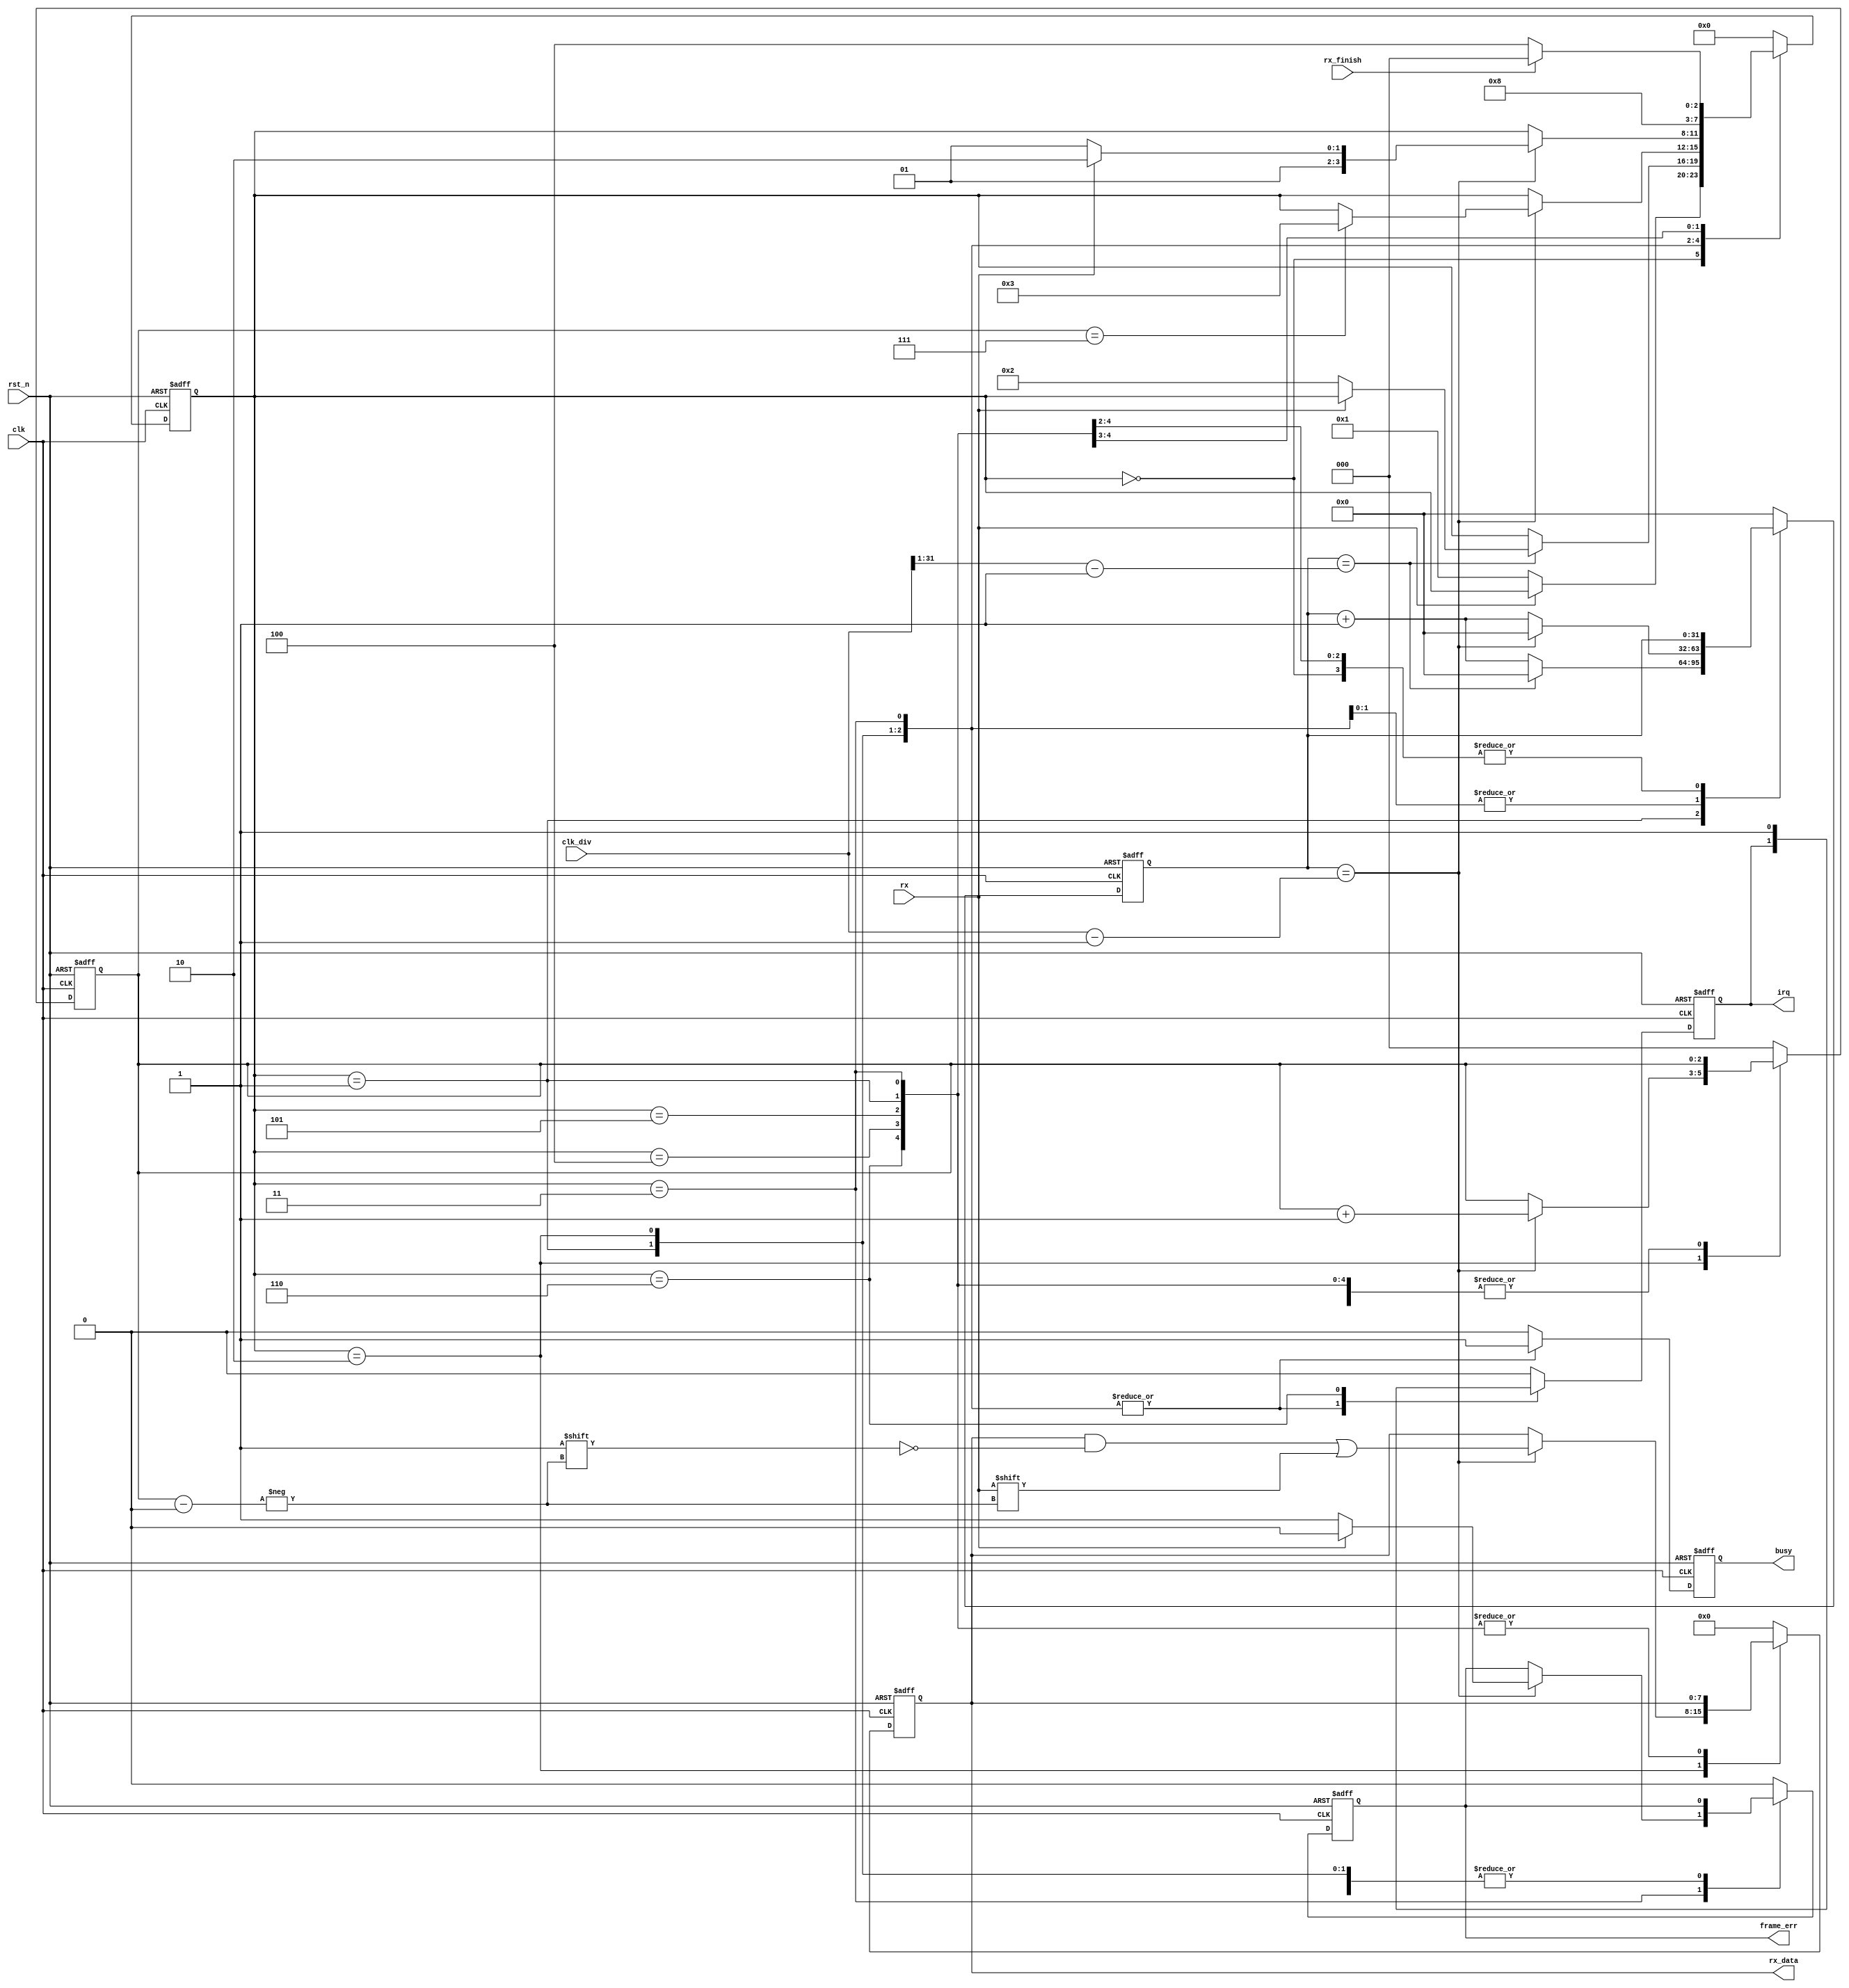
module uart_receive (
  input wire        rst_n,
  input wire        clk,
  input wire [31:0] clk_div,
  input wire        rx,
  output reg        irq,
  output reg [7:0]  rx_data,//WBCPU//serial to parallel
  input wire        rx_finish,
  output reg        frame_err,
  output reg        busy
);

  parameter WAIT        = 4'b0000;
  parameter START_BIT   = 4'b0001;
  parameter GET_DATA    = 4'b0010;
  parameter STOP_BIT    = 4'b0011;
  parameter WAIT_READ   = 4'b0100;
  parameter FRAME_ERR   = 4'b0101;
  parameter IRQ         = 4'b0110;

  reg [3:0] state;

  reg [31:0] clk_cnt;

  reg [2:0] rx_index;

  always @(posedge clk or negedge rst_n) begin
    if(!rst_n) begin
      state     <= WAIT;
      clk_cnt   <= 32'h0000_0000;
      rx_index  <= 3'b000;
      irq       <= 1'b0;
      frame_err <= 1'b0;
      rx_data   <= 8'h0;
      busy      <= 1'b0;
    end else begin
      case(state)
        WAIT: begin
          irq <= 1'b0;
          frame_err <= 1'b0;
          busy <= 1'b0;
          rx_data <= 8'b0;
          if(rx == 1'b0) begin // Start bit detected
            state <= START_BIT;
          end
        end
        START_BIT: begin
          // Check middle of start bit to make sure it's still low
          if(clk_cnt == ((clk_div >> 1) - 1)) begin
            clk_cnt <= 32'h0000_0000;
            if(rx == 1'b0) begin
              state <= GET_DATA;
            end
          end else begin
            clk_cnt <= clk_cnt + 32'h0000_0001;
          end
          busy <= 1'b1;
        end
        GET_DATA: begin
          // Wait CLKS_PER_BIT-1 clock cycles to sample serial data
          if(clk_cnt == (clk_div - 1)) begin
            clk_cnt <= 32'h0000_0000;
            if(rx_index == 3'b111) begin
              state <= STOP_BIT;
            end
            rx_index <= rx_index + 3'b001;
            rx_data[rx_index] <= rx;
            //$display("rx data bit index:%d %b", rx_index, rx_data[rx_index]);
          end else begin
            clk_cnt <= clk_cnt + 32'h0000_0001;
          end
          busy <= 1'b1;
        end
        STOP_BIT: begin
          // Receive Stop bit.  Stop bit = 1
          if(clk_cnt == (clk_div - 1)) begin
            clk_cnt <= 32'h0000_0000;
            if(rx == 1'b1) begin
              state <= IRQ;//WAIT_READ;
              frame_err <= 1'b0;
            end else begin
              state <= FRAME_ERR;
              frame_err <= 1'b1;
            end
          end else begin
            clk_cnt <= clk_cnt + 32'h0000_0001;
          end
          busy <= 1'b1;
        end
        IRQ:begin
          irq <= 1'b1;
          state <= WAIT_READ;
          busy <= 1'b0;
        end
        WAIT_READ: begin
          irq <= 1'b0;
          busy <= 1'b0;
          if(rx_finish)
            state <= WAIT;
          else
            state <= WAIT_READ;
        end
        FRAME_ERR:begin
            state <= WAIT;
            irq <= 0;
            frame_err <= 0;
            busy <= 1'b0;
        end
        default: begin
          state     <= WAIT;
          clk_cnt   <= 32'h0000_0000;
          rx_index  <= 3'b000;
          irq       <= 1'b0;
          rx_data   <= 8'h0;
          frame_err <= 1'b0;
          busy      <= 1'b0;
        end
      endcase
    end
  end

endmodule